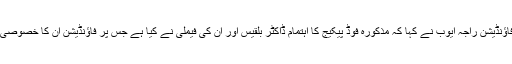
چئیرمین ایوب ہمدرد فاؤنڈیشن راجہ ایوب نے کہا کہ مذکورہ فوڈ پیکیج کا اہتمام ڈاکٹر بلقیس اور ان کی فیملی نے کیا ہے جس پر فاؤنڈیشن ان کا خصوصی شکریہ ادا کرتی ہے ۔